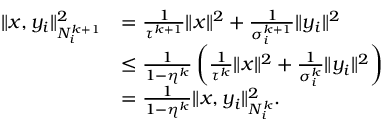
\begin{array} { r l } { \| x , y _ { i } \| _ { N _ { i } ^ { k + 1 } } ^ { 2 } } & { = \frac { 1 } { \tau ^ { k + 1 } } \| x \| ^ { 2 } + \frac { 1 } { \sigma _ { i } ^ { k + 1 } } \| y _ { i } \| ^ { 2 } } \\ & { \leq \frac { 1 } { 1 - \eta ^ { k } } \left( \frac { 1 } { \tau ^ { k } } \| x \| ^ { 2 } + \frac { 1 } { \sigma _ { i } ^ { k } } \| y _ { i } \| ^ { 2 } \right) } \\ & { = \frac { 1 } { 1 - \eta ^ { k } } \| x , y _ { i } \| _ { N _ { i } ^ { k } } ^ { 2 } . } \end{array}